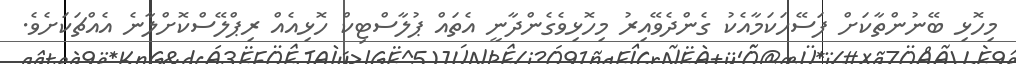
މިހޮޅި ބޭނުންތާކަށް ފަސޭހަކަމާއެކު ގެންދެވޭއިރު މިހޮޅިވެގެންދާނީ އެތައް ޕުލާސްޓިކް ހޮޅިއެއް ރިޕްލޭސްކޮށްލާނެ އެއްޗަކަށެވެ.